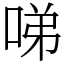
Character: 㖒